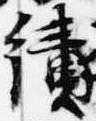
績